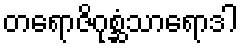
တရောဇိဂုစ္ဆံသာရောဒါ